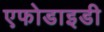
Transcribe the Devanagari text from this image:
एफोडाइडी